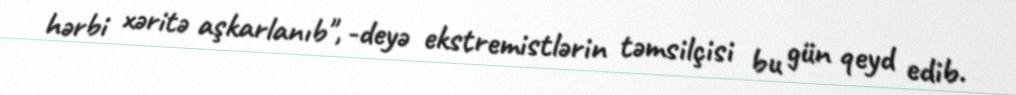
hərbi xəritə aşkarlanıb", -deyə ekstremistlərin təmsilçisi bu gün qeyd edib.